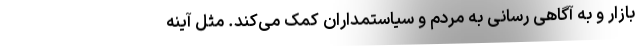
بازار و به آگاهی رسانی به مردم و سیاستمداران کمک می‌کند. مثل آینه